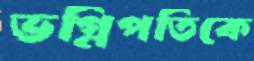
ভগ্নিপতিকে